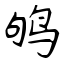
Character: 鸲